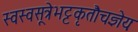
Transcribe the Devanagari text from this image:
स्वस्वसूत्रेभट्टकृतौचज्ञेयः